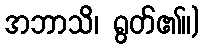
အဘာသိ၊ ရွတ်၏။)